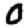
Digit: 0